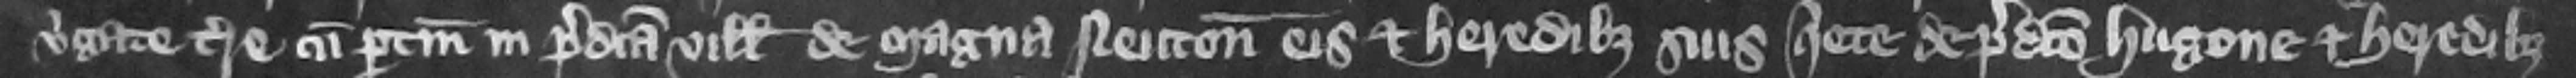
virgate terre cum pertinenciis in predicta villa de Magna Neuton eis et heredibus suis quiete de predicto Hugone et heredibus